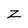
Character: Z